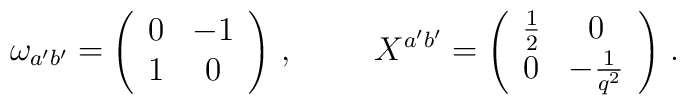
\omega_{a'b'}=\left(\begin{array}{cc}0&-1\\1&0\\\end{array}\right)\,,\hspace{1cm}X^{a'b'}=\left(\begin{array}{cc}\frac{1}{2}&0\\0&-\frac{1}{q^2}\end{array}\right)\,.